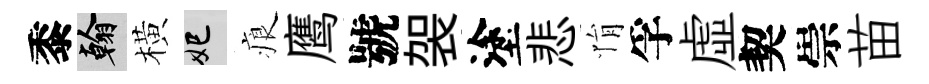
黍翰橫妃痕鹰號袈塗悲悁孚虛契崇苗